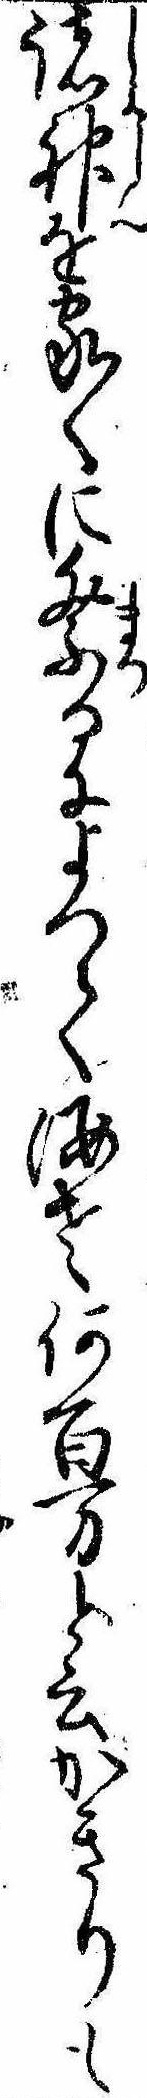
諸神を家〱に祭るによつて海老何百万と云かきりも